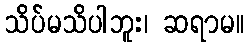
သိပ်မသိပါဘူး၊ ဆရာမ။